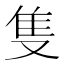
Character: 隻